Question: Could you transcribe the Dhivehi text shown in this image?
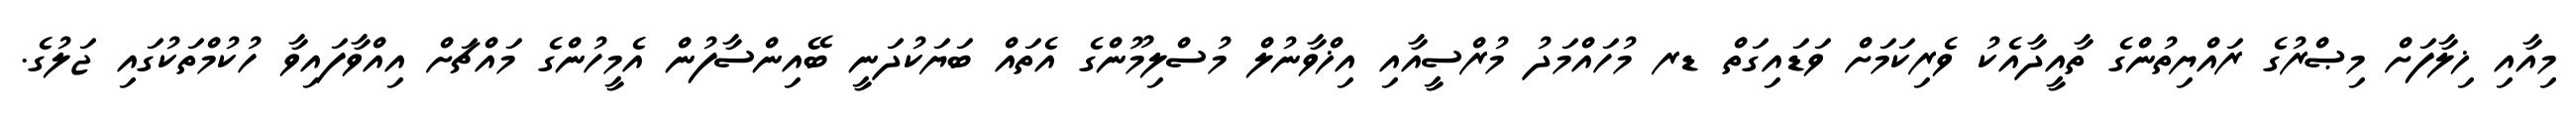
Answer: މިއާއި ޚިލާފަށް މިޞްރުގެ ރައްޔިތުންގެ ތާއީދާއެކު ވެރިކަމަށް ވަޑައިގަތް ޑރ މުހައްމަދު މުރްސީއާއި އިޚްވާނުލް މުސްލިމޫންގެ އެތައް ބަޔަކުދަނީ ބޭއިންސާފުން އެމީހުންގެ މައްޗަށް އިއްވާފައިވާ ހުކުމްތަކުގައި ޖަލުގެ.